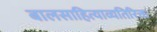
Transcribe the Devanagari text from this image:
बालसाहित्याव्यतिरिक्त